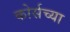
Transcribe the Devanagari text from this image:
कोर्सच्या